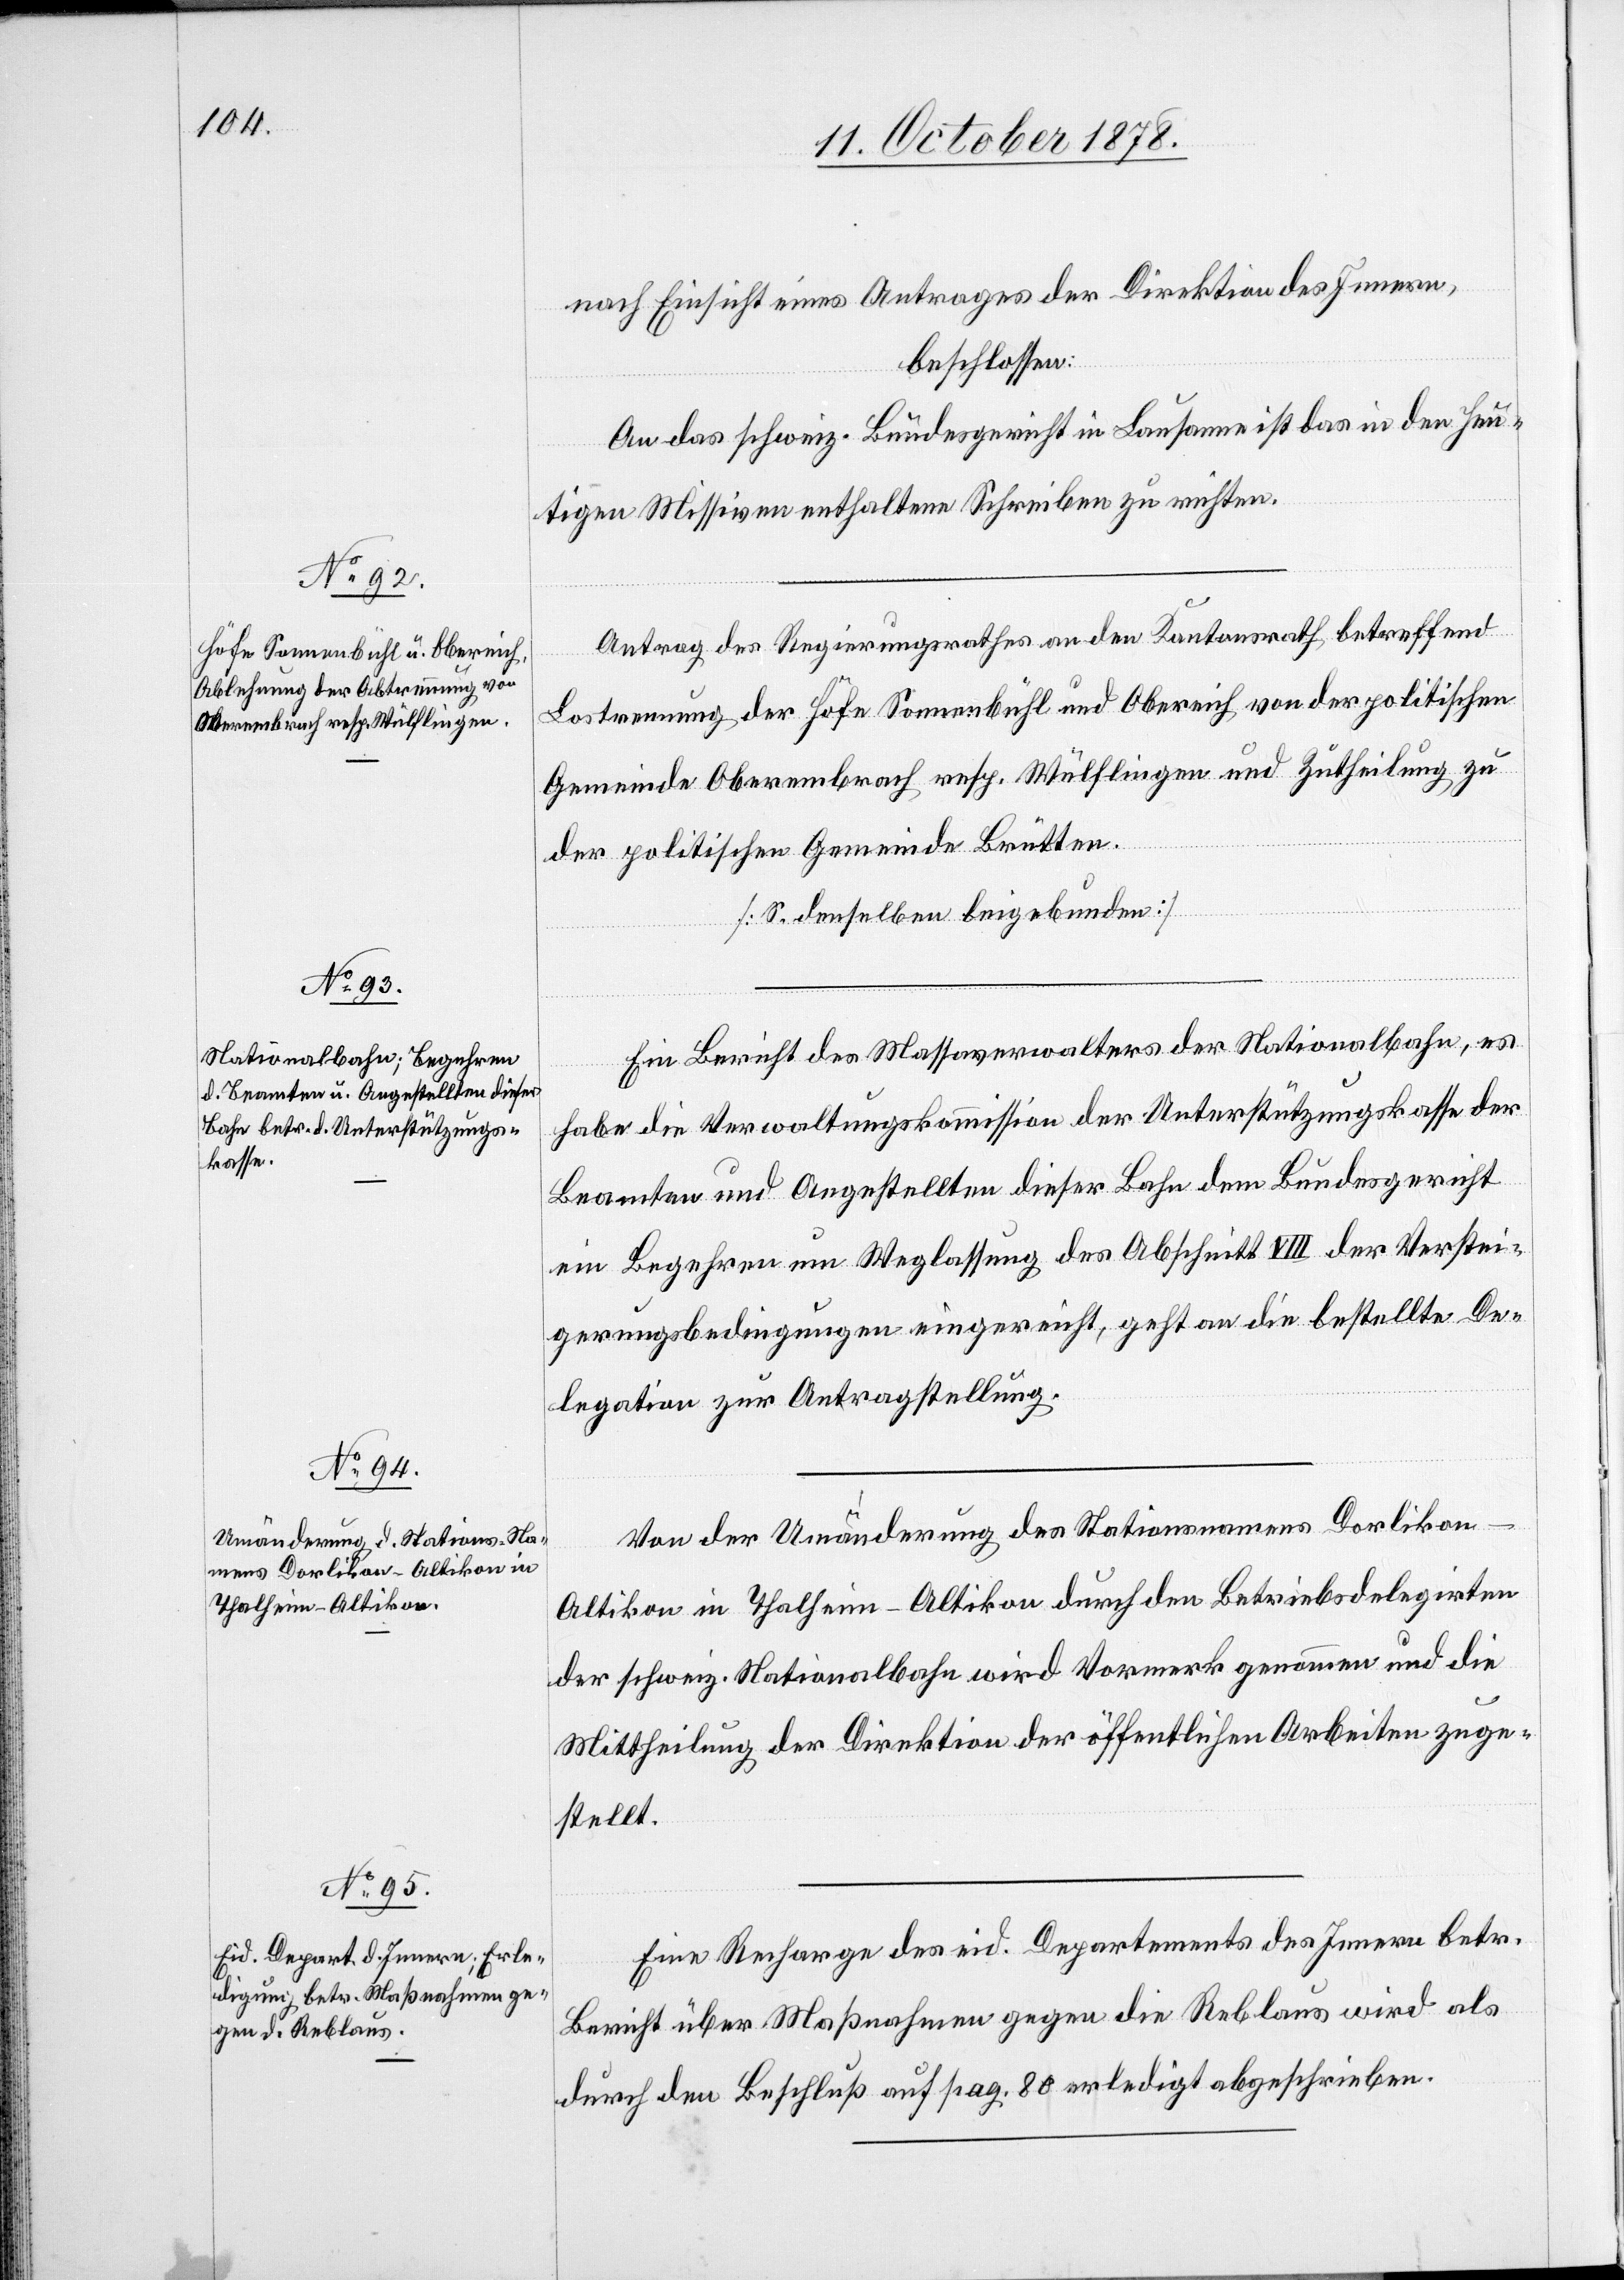
nach Einsicht eines Antrages der Direktion des Innern,
beschlossen:
An das schweiz. Bundesgericht in Lausanne ist das in den heu¬
tigen Missiven enthaltene Schreiben zu richten.
Antrag des Regierungsrathes an den Kantonsrath betreffend
Lostrennung der Höfe Sonnenbühl und Obereich von der politischen
Gemeinde Oberembrach resp. Wülflingen und Zutheilung zu
der politischen Gemeinde Brütten.
[S. denselben beigebunden]
Ein Bericht des Massaverwalters der Nationalbahn, es
habe die Verwaltungskommission der Unterstützungskasse der
Beamten und Angestellten dieser Bahn dem Bundesgericht
ein Begehren um Weglassung des Abschnitt VIII der Verstei¬
gerungsbedingungen eingereicht, geht an die bestellte De¬
legation zur Antragstellung.
Von der Umänderung des Stationennamens Dorlikon
Altikon in Thalheim - Altikon durch den Betriebsdelegirten
der schweiz. Nationalbahn wird Vormerk genommen und die
Mittheilung der Direktion der öffentlichen Arbeiten zuge¬
stellt.
Eine Recharge des eid. Departements des Innern betr.
Bericht über Maßnahmen gegen die Reblaus wird als
durch Beschluß auf pag. 80 erledigt abgeschrieben.